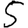
Digit: 5